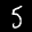
Label: 5